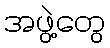
အဖွဲ့တွေ